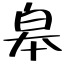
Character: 皋